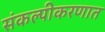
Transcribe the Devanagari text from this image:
संकल्पीकरणात